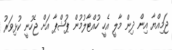
ޖަމިއްޔާ އިން ދިން މާލީ އެހީ ހުއްޓާލުމުން ޕުޝްޕާ އަށް ޖެހުނީ ކުޅިވަރު